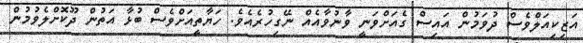
އަޒިކިއަލްވެސް ދުވަމުން އައިސް ގެއަށްވަނީ ވާނުވާއެއް ނޭގިހުރެއެވެ. ހަޔާތީއަށްވެސް ބުޅާ އަތުން ދޫކޮށްލެވުމުން